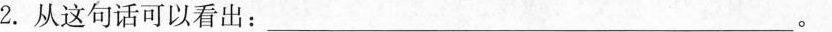
2.从这句话可以看出：___。